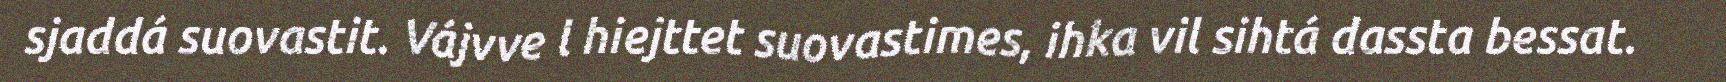
sjaddá suovastit. Vájvve l hiejttet suovastimes, ihka vil sihtá dassta bessat.